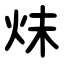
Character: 㶬